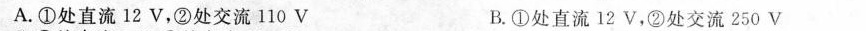
A.①处直流12 V，②处交流10 V B.①处直流12 V，②处交流250 V